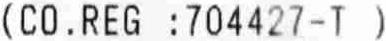
(CO.REG :704427-T)